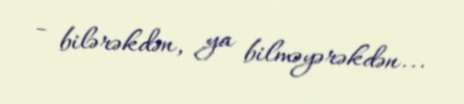
- bilərəkdən, ya bilməyərəkdən...